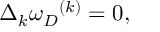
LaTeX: \Delta _ { k } { \omega _ { D } } ^ { ( k ) } = 0 ,